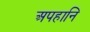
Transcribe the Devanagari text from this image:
अपहानि